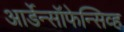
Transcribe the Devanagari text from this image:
आर्डेन्सॉफेन्सिव्ह